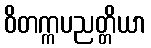
ဝိတက္ကပညတ္တိယာ